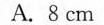
A.8cm